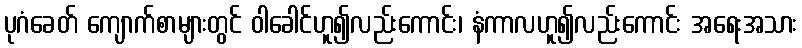
ပုဂံခေတ် ကျောက်စာများတွင် ဝါခေါင်ဟူ၍လည်းကောင်း၊ နံကာလဟူ၍လည်းကောင်း အရေးအသား